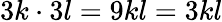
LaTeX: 3k\cdot 3l=9kl=3kl